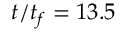
t / t _ { f } = 1 3 . 5